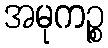
အမုကဉ္စ